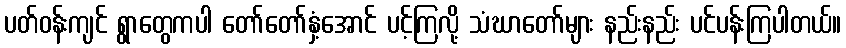
ပတ်ဝန်းကျင် ရွာတွေကပါ တော်တော်နှံ့အောင် ပင့်ကြလို့ သံဃာတော်များ နည်းနည်း ပင်ပန်းကြပါတယ်။